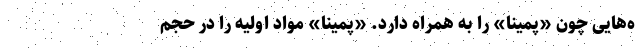
ه‌هایی چون «پمینا» را به همراه دارد. «پمینا» مواد اولیه را در حجم